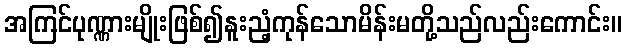
အကြင်ပုဏ္ဏားမျိုးဖြစ်၍နူးညံ့ကုန်သောမိန်းမတို့သည်လည်းကောင်း။